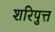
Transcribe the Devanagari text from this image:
शरिपुत्त